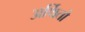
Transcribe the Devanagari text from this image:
अर्थितो